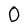
Character: 0